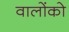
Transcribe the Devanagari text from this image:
वालोंको